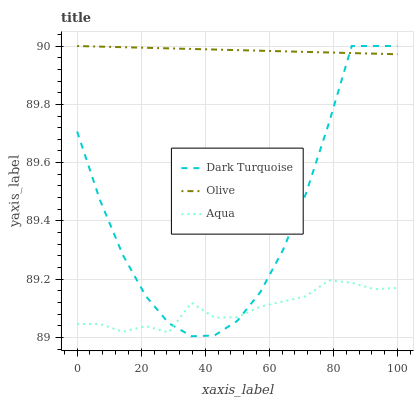
| xaxis_label | Dark Turquoise | Olive | Aqua |
 | --- | --- | --- | --- |
 | 0 | 89.7 | 90 | 89 |
 | 7.14 | 89.5 | 90 | 89 |
 | 14.3 | 89.3 | 90 | 89 |
 | 21.4 | 89.1 | 90 | 89 |
 | 28.6 | 89 | 90 | 89 |
 | 35.7 | 89 | 90 | 89.1 |
 | 42.9 | 89 | 90 | 89.1 |
 | 50 | 89.1 | 90 | 89.1 |
 | 57.1 | 89.2 | 90 | 89.1 |
 | 64.3 | 89.3 | 90 | 89.1 |
 | 71.4 | 89.5 | 90 | 89.1 |
 | 78.6 | 89.7 | 90 | 89.2 |
 | 85.7 | 90 | 90 | 89.2 |
 | 92.9 | 90 | 90 | 89.2 |
 | 100 | 90 | 90 | 89.2 |